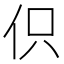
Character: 伿